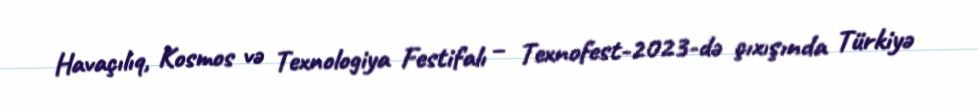
Havaçılıq, Kosmos və Texnologiya Festifalı – Texnofest-2023-də çıxışında Türkiyə